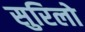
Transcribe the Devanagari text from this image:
सुरिलो